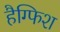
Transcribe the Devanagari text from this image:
हैग्फिश